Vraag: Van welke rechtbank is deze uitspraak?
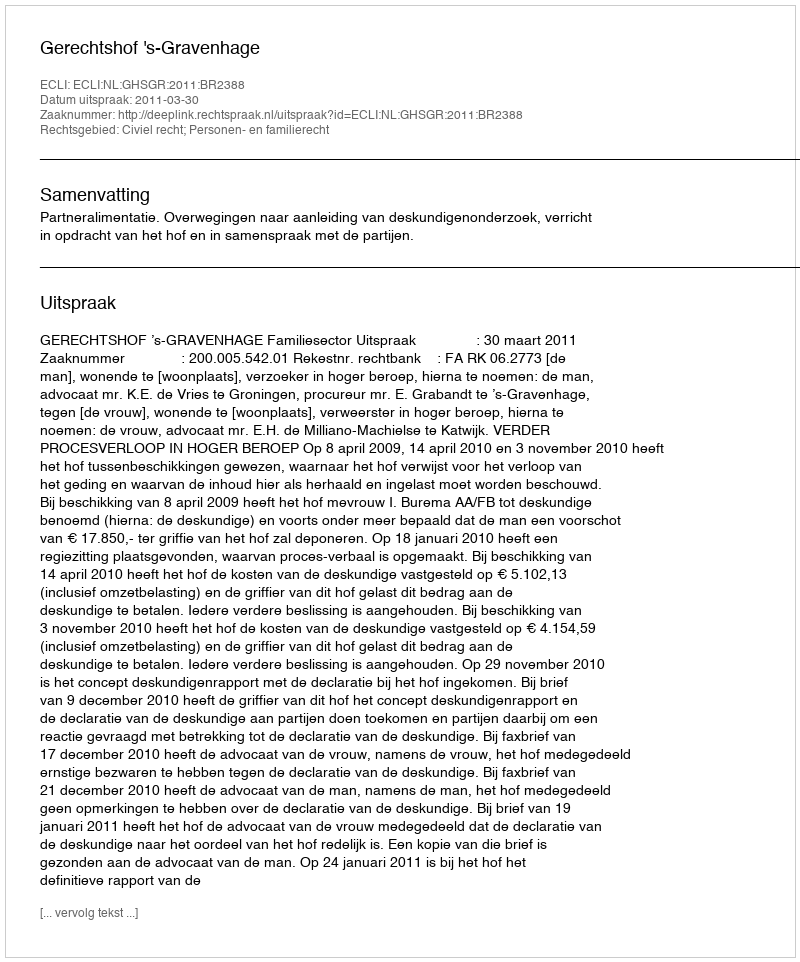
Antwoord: Gerechtshof 's-Gravenhage